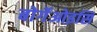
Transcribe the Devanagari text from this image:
बोर्गेओइसि